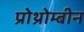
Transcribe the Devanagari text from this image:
प्रोथ्रोम्बीन